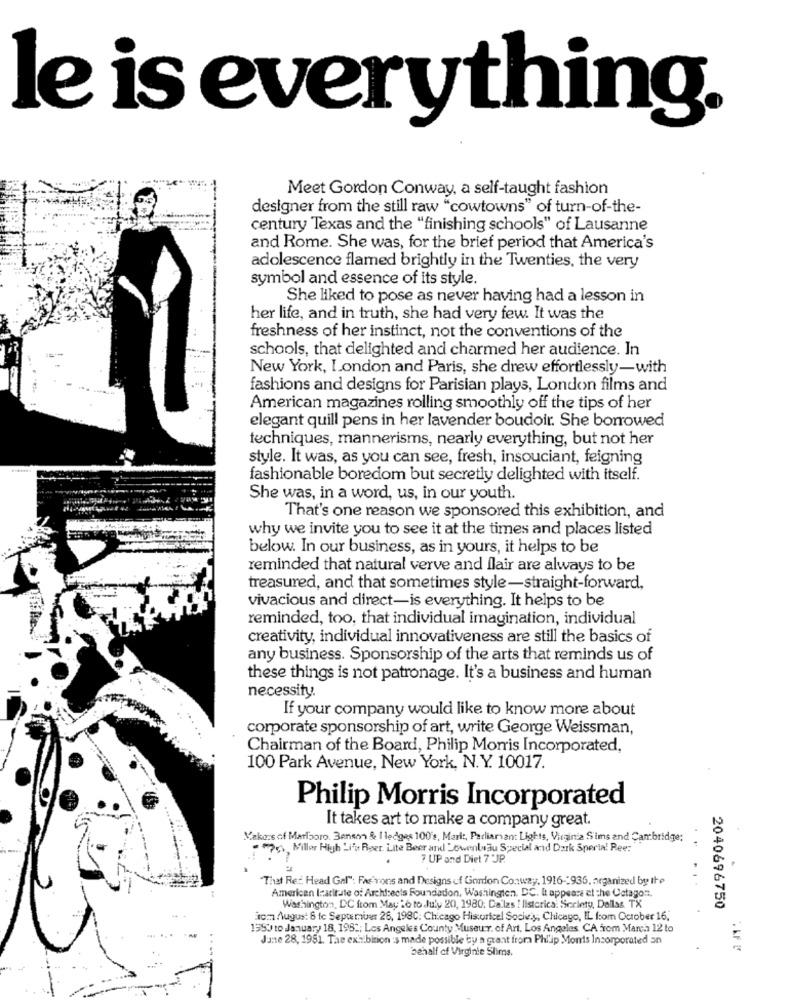
le is everything.
Meet Gordon Conway, a self-taught fashion
designer from the still raw "cowtowns" of turn-of-the-
century Texas and the "finishing schools" of Lausanne
and Rome. She was, for the brief period that America's
adolescence flamed brightly in the Twenties, the very
symbol and essence of its style.
She liked to pose as never having had a lesson in
her life, and in truth, she had very few. It was the
freshness of her instinct, not the conventions of the
schools, that delighted and charmed her audience. In
New York, London and Paris, she drew effortlessly-with
fashions and designs for Parisian plays, London films and
American magazines rolling smoothly off the tips of her
elegant quill pens in her lavender boudoir. She borrowed
techniques, mannerisms, nearly everything, but not her
style. It was, as you can see, fresh, insouciant, feigning
fashionable boredom but secretly delighted with itself.
She was, in a word, us, in our youth.
That's one reason we sponsored this exhibition, and
why we invite you to see it at the times and places listed
below. In our business, as in yours, it helps to be
reminded that natural verve and flair are always to be
treasured, and that sometimes style-straight-forward,
vivacious and direct-is everything. It helps to be
reminded, too, that individual imagination, individual
creativity, individual innovativeness are still the basics of
any business. Sponsorship of the arts that reminds us of
these things is not patronage. It's a business and human
necessity.
If your company would like to know more about
corporate sponsorship of art, write George Weissman,
Chairman of the Board, Philip Morris Incorporated,
100 Park Avenue, New York, N.Y. 10017.
Philip Morris Incorporated
It takes art to make a company great.
Makers of Marlboro. Benson & I ledges 100's, Mari :, Parliarian: Lights, Virginia S'ims and Cambridge;
- Miller High Li's Reer. Lite Beer and _owenbeau Special and Dark Speria! Ree:
7 UP and Diet 7 JP.
"That Ref, Head Gel": Fas'rons and Designs of Gonon Conway. 1916 -- 936, organized by the
American Inarirate of Architects Foundation, Washington, DC. I appeare et the Cetago".
Washington, DC from May 16 to July 20, 1980; Dallas ! listcrica. Society, Dallas TX
2040696750
tom August 8 fc Septemmine 26, 198C: Chicago Historicel Society, Chicago, IL from October 16,
1350 to January 18, 1952; Los Angeles County Museur. of Art. Los Angeles, CA from March 12 to
Junte 28, 1981. The exhibition :s made possible by a grant froma Phl'ip Monts Incorporated an
behalf of Virginie Slims.